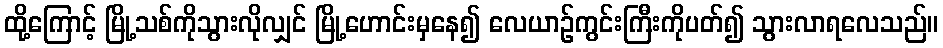
ထို့ကြောင့် မြို့သစ်ကိုသွားလိုလျှင် မြို့ဟောင်းမှနေ၍ လေယာဉ်ကွင်းကြီးကိုပတ်၍ သွားလာရလေသည်။